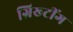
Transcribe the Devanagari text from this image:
ग्रिख्टींग